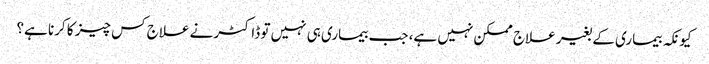
کیونکہ بیماری کے بغیر علاج ممکن نہیں ہے، جب بیماری ہی نہیں تو ڈاکٹر نے علاج کس چیز کا کرنا ہے؟